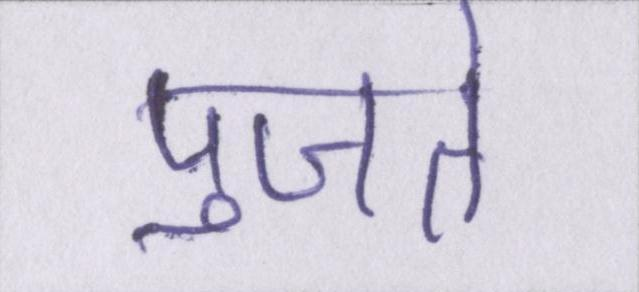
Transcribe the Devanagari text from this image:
पुजते